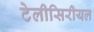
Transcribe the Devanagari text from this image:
टेलीसिरीयल